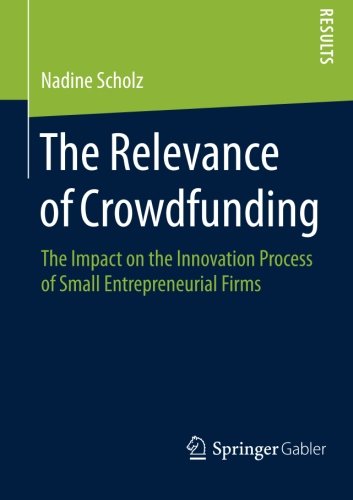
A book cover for The Relevance of Crowdfunding: The Impact on the Innovation Process of Small Entrepreneurial Firms; Nadine Scholz; Business & Money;